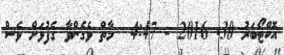
އޮކްޓޯބަރު 30